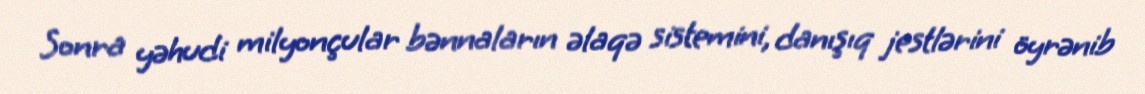
Sonra yəhudi milyonçular bənnaların əlaqə sistemini, danışıq jestlərini öyrənib